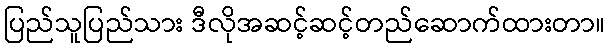
ပြည်သူပြည်သား ဒီလိုအဆင့်ဆင့်တည်ဆောက်ထားတာ။